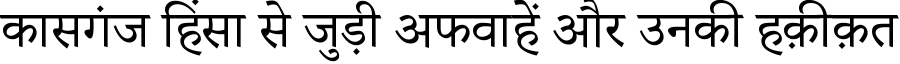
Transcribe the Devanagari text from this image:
कासगंज हिंसा से जुड़ी अफवाहें और उनकी हक़ीक़त